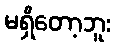
မရှိတော့ဘူး